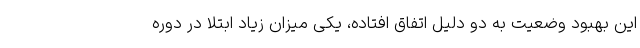
این بهبود وضعیت به دو دلیل اتفاق افتاده، یکی میزان زیاد ابتلا در دوره